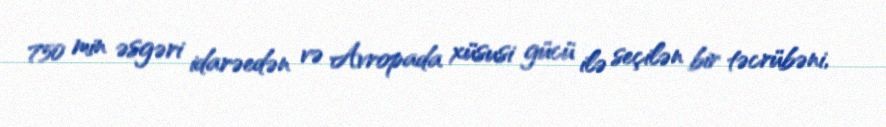
750 min əsgəri idarəedən və Avropada xüsusi gücü ilə seçilən bir təcrübəni,